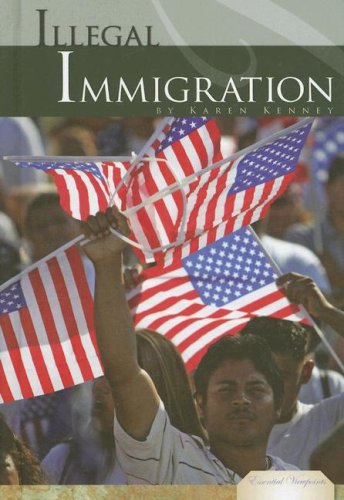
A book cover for Illegal Immigration (Essential Viewpoints); Karen Kenney; Children's Books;